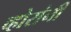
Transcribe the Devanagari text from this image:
व्होरांनी